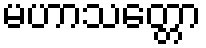
မဟာသတ္တော